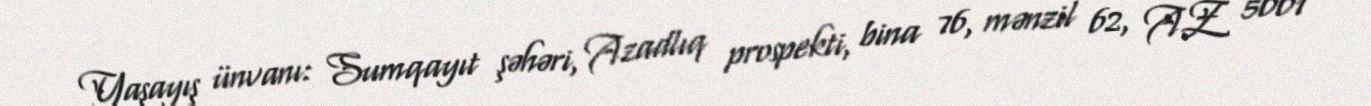
Yaşayış ünvanı: Sumqayıt şəhəri, Azadlıq prospekti, bina 76, mənzil 62, AZ 5001